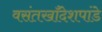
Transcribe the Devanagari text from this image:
वसंतखाँदेशपांडे